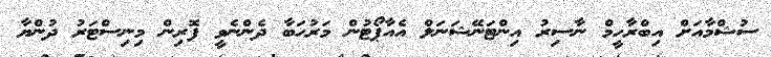
ސުޝްމާއަށް އިބްރާހީމް ނާސިރު އިންޓަނޭޝަނަލް އެއާޕޯޓުން މަރުހަބާ ދެންނެވީ ފޮރިން މިނިސްޓަރު ދުންޔާ